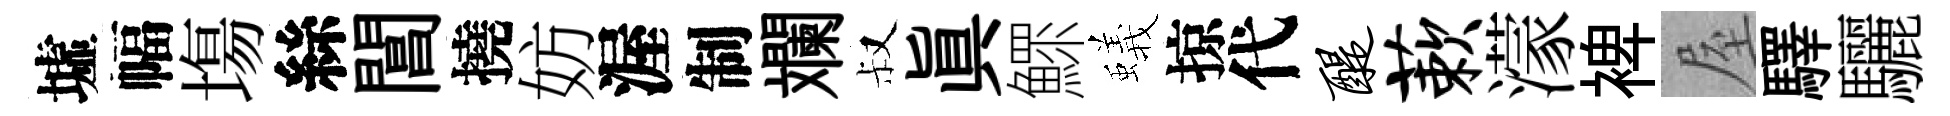
墟幅塲絲閶撓妨渥制斕叔真鰥蟻掠代醍蔌濛裨屋驛驪